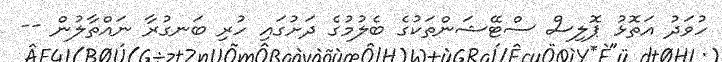
ހުވަދު އަތޮޅު ޕޮލިސް ސްޓޭޝަންތަކުގެ ބެލުމުގެ ދަށުގައި ހުރި ބަނގުރާ ނައްތާލުން --